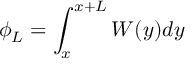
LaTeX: \phi _ { L } = \int _ { x } ^ { x + L } W ( y ) d y